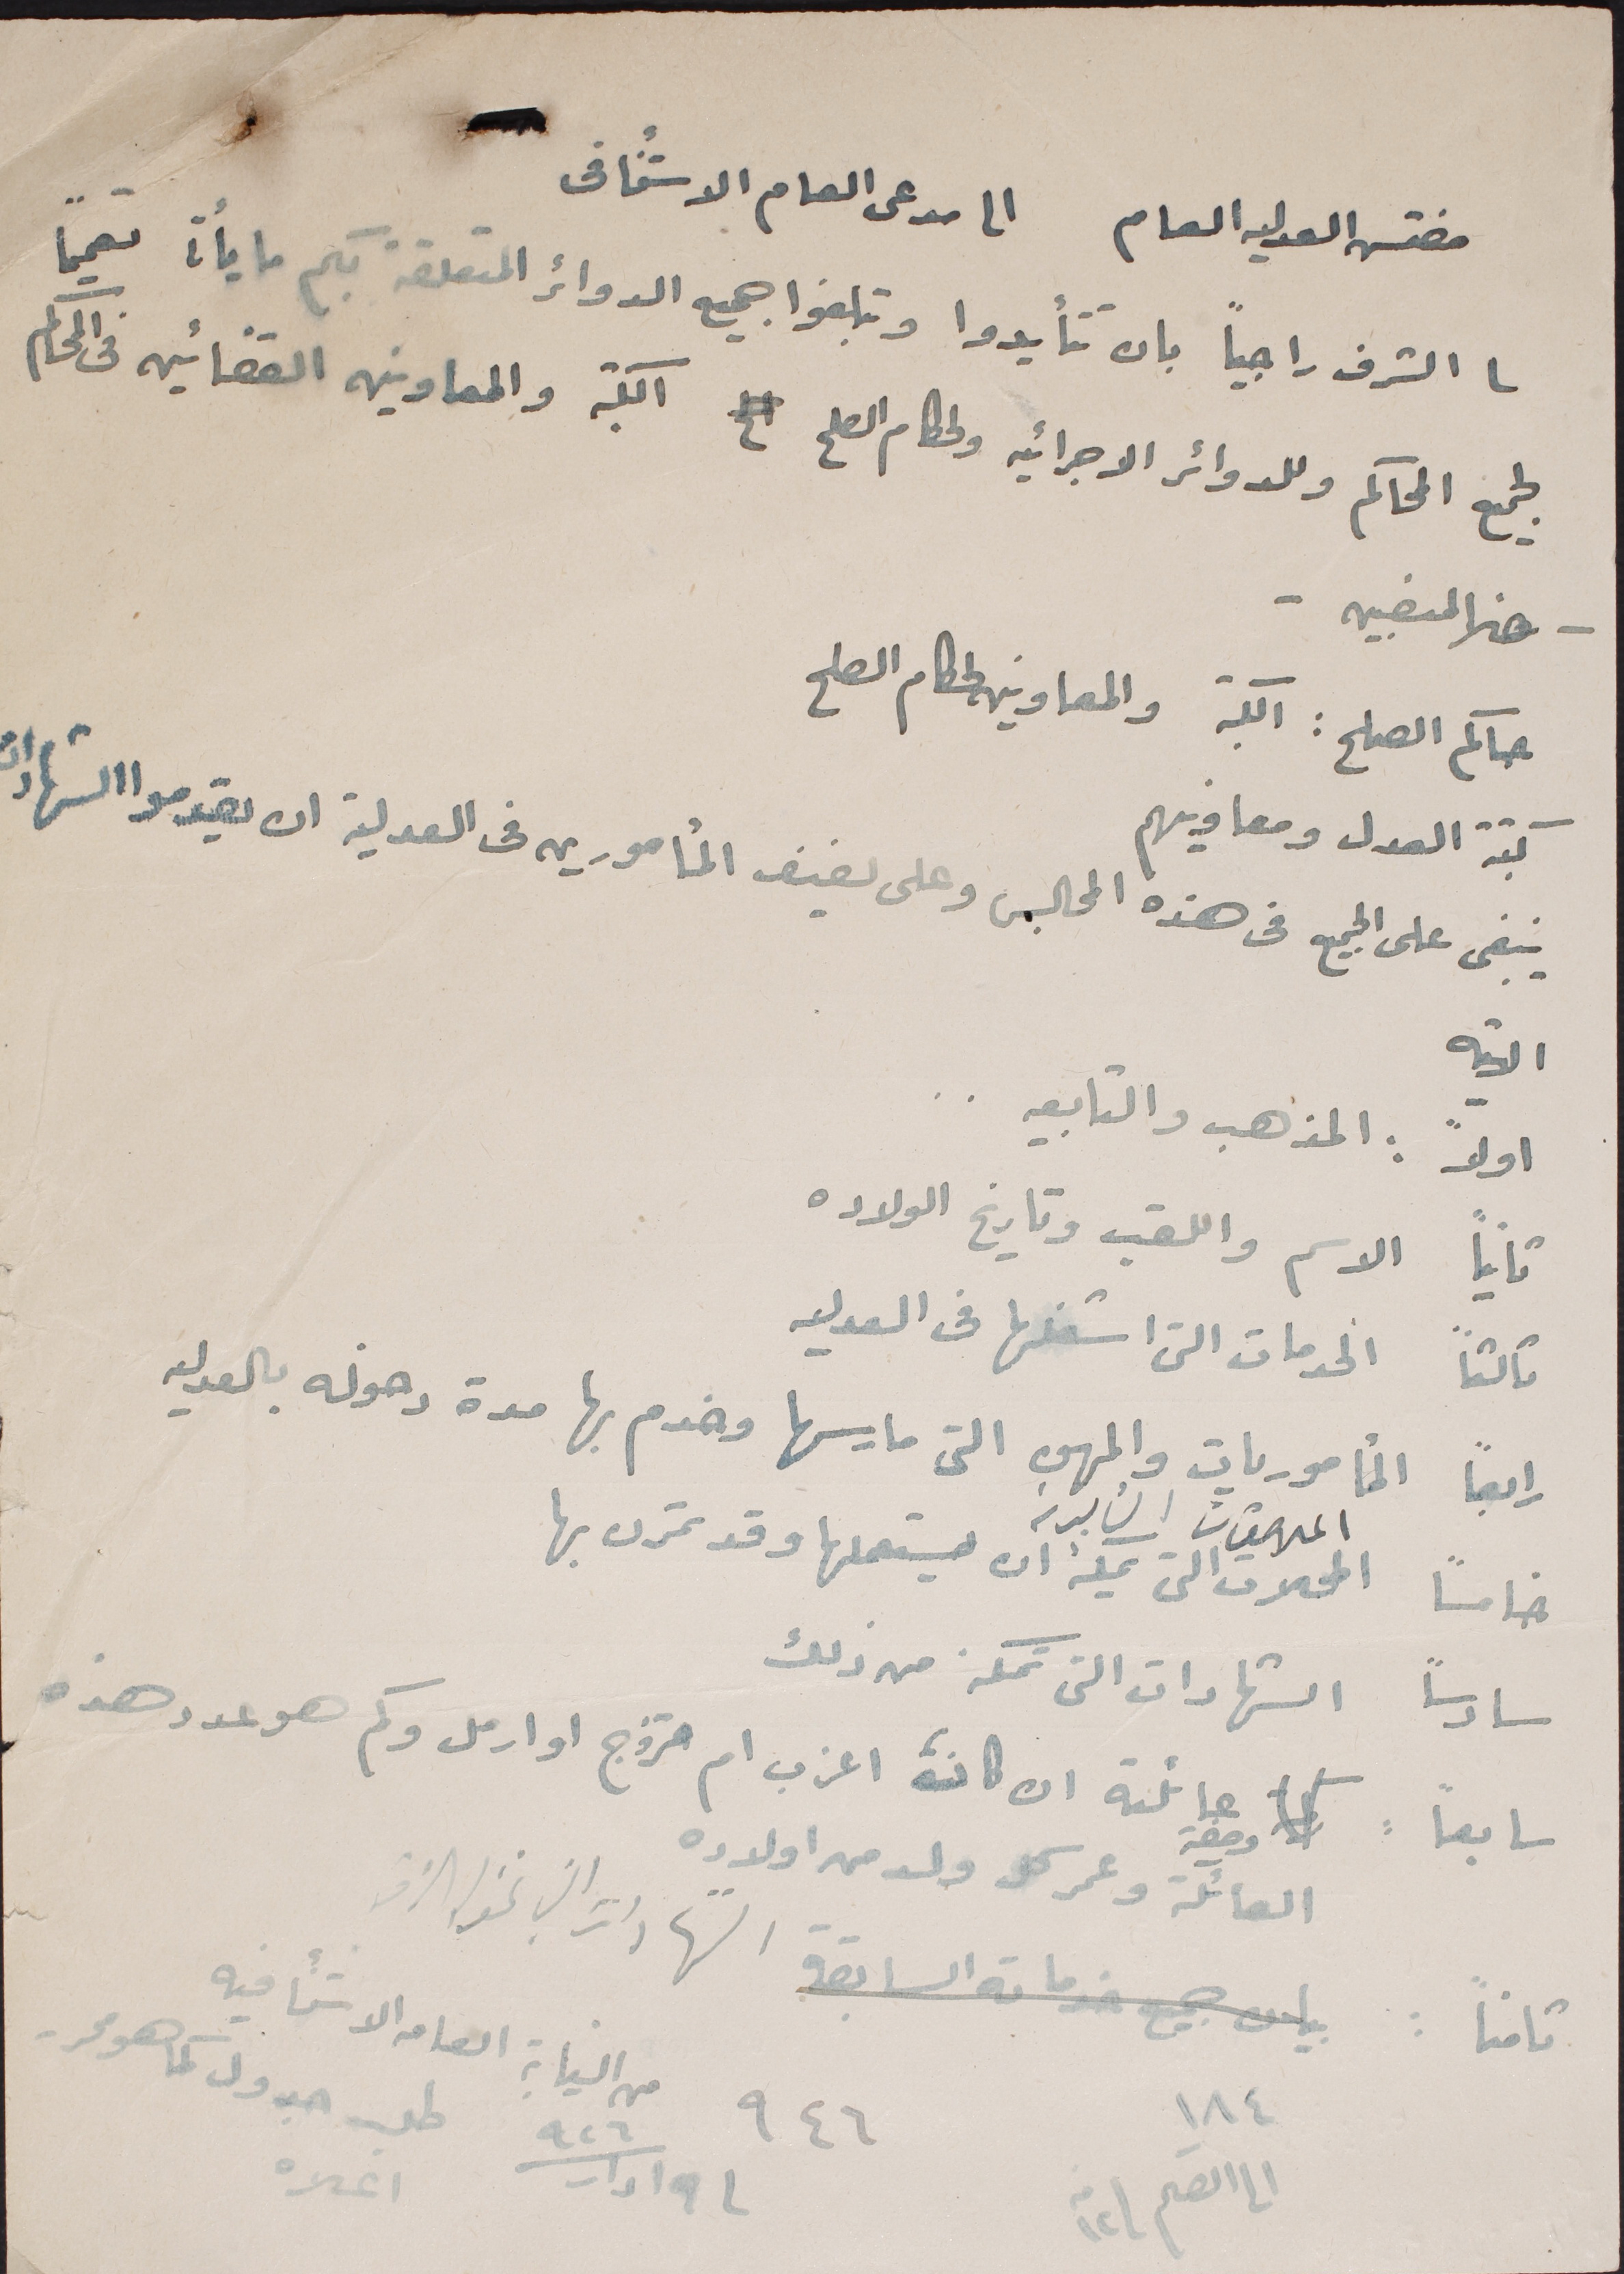
مفتس العدليه العام           الى مدعى العام الاستئنافى
لى الشرف راجياً بان تتأيدوا وتبلغوا جميع الدوائر المتعلقة بكم ما يأتى تعميماً
لجميع المحاكم والدوائر الاجرائيه ولحكام الصلح الكتبه والمعاونين القضائين فى المحاكم
- هذا المنصبيه -
حاكم الصلح : الكتبه والمعاونين لحكام الصلح
كتبة العدل ومعاوينهم
ينبغى على الجميع فى هذه المجالس وعلى لفيف المأمورين فى العدلية ان يقدموا الشهادات
الاتيه
اولاً : المذهب والتابعيه..
ثانياً الاسم واللقب وتاريخ الولاده
ثالثاً الخدمات التى اشغلها فى العدليه
رابعاً المأموريات والمهن التى مارسها وخدم بها مدة دخوله بالعدليه
خامساً المحلات التي يمكن ان يستعملها وقد تمرن بها
سادساً الشهادات التى تمكنه من ذلك
سابعاً : وصفة عائلته ان كان، اعزب ام متزوج او ارمل وكم هو عدد هذه
العائلة وعمر كل ولد من اولاده
ثامناً : الشهادات التي تخوله الامر.
١٨٤ الى القلم ١٢ منه
٩٤٦ من النيابة العامه الاستئنافيه
١٩ ادار / ٩٢٦ طلب جدول كما هو محرر اعلاه